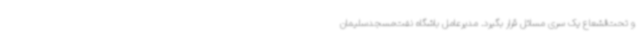
و تحت‌الشعاع یک سری مسائل قرار بگیرد. مدیرعامل باشگاه نفت‌مسجدسلیمان